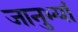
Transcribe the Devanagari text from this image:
जानुभ्यां